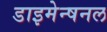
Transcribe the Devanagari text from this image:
डाइमेन्षनल